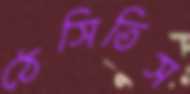
ঠেসিতিস